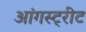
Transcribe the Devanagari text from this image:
आंगस्ट्रीट